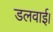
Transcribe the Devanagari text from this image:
डलवाई।